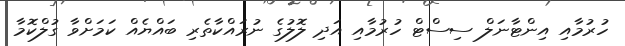
ހުރުމާއި އިންޓާނަލް ސިސްޓް ހުރުމާއި އަދި ލޮލުގެ ނުރައްކާތެރި ބައްޔެއް ކަމަށްވާ ގުލްކޮމާ